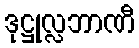
ဒုဋ္ဌုလ္လဘာဏီ